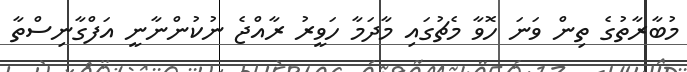
މުބާރާތުގެ ތިން ވަނަ ހޮވާ މެޗުގައި މާދަމާ ހަވީރު ރާއްޖެ ނުކުންނާނީ އަފްގާނިސްތާ